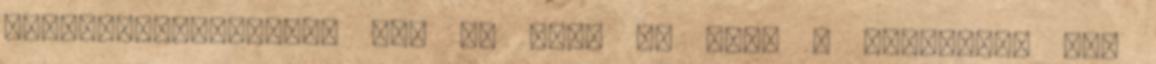
Cikkcakkvonalakból áll és ezek az utak a szigeten. Itt